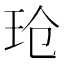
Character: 玱